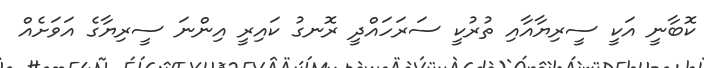
ކޮބާނީ އަކީ ސީރިޔާއާއި ތުރުކީ ސަރަހައްދީ ރޮނގު ކައިރީ އިންނަ ސީރިޔާގެ އަވަށެއް